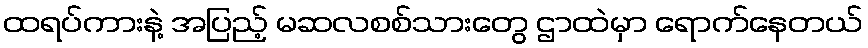
ထရပ်ကားနဲ့ အပြည့် မဆလစစ်သားတွေ ဌာထဲမှာ ရောက်နေတယ်